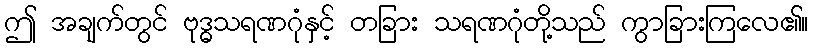
ဤ အချက်တွင် ဗုဒ္ဓသရဏဂုံနှင့် တခြား သရဏဂုံတို့သည် ကွာခြားကြလေ၏။